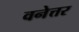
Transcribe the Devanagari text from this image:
वनेत्तर